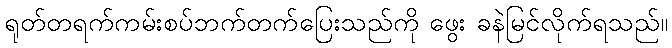
ရုတ်တရက်ကမ်းစပ်ဘက်တက်ပြေးသည်ကို ဖွေး ခနဲမြင်လိုက်ရသည်။